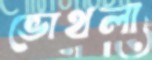
ভোথলা